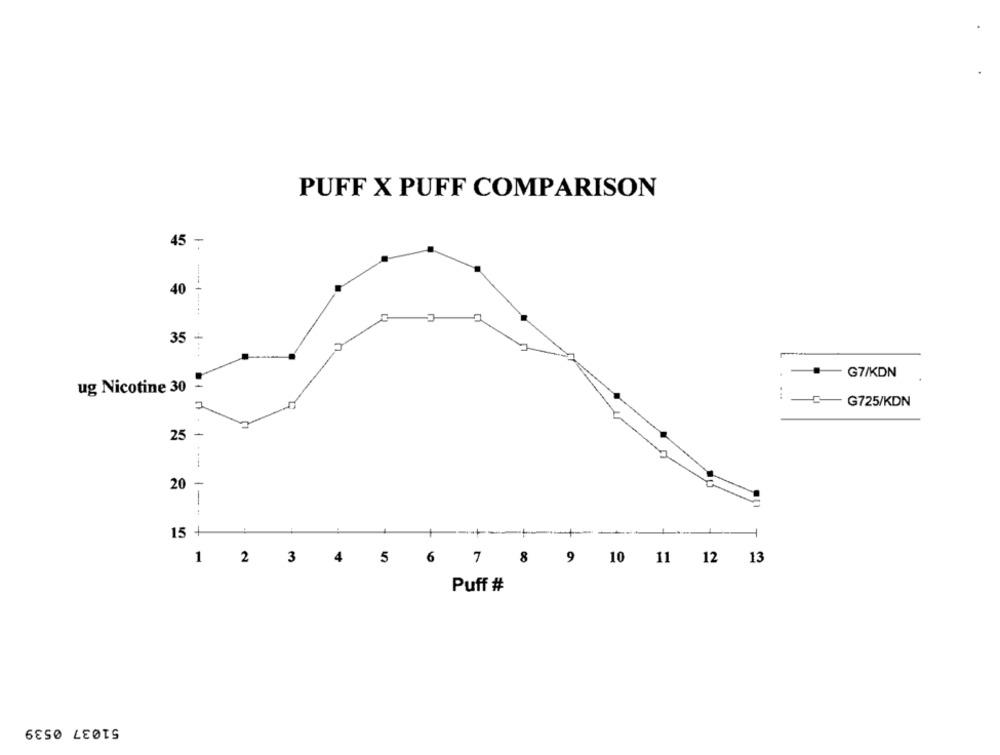
PUFF X PUFF COMPARISON
-
45
40
35
-
.
G7/KDN
ug Nicotine 30
...
-- G725/KDN
25
-
---
20 -
1
:
15 +
7
8
1 2 3 4 5 6
9 10 11 12 13
Puff #
51037 0539